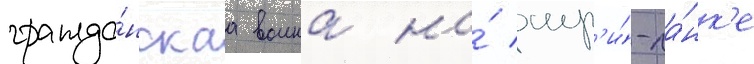
гражда́нскаа воина на́ шр'и́-ла́нк'е